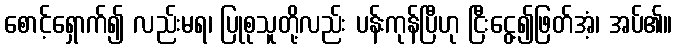
စောင့်ရှောက်၍ လည်းမရ၊ ပြုစုသူတို့လည်း ပန်းကုန်ပြီဟု ငြီးငွေ့၍ဖြတ်အံ့၊ အပ်၏။